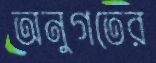
অনুগতের